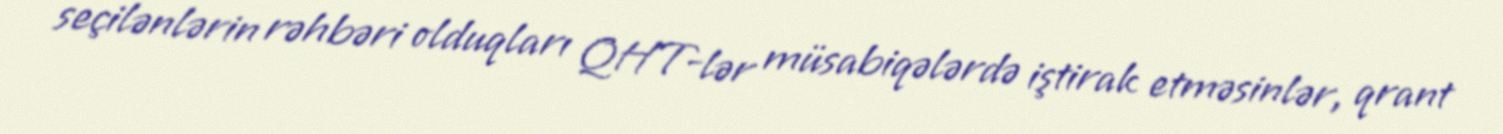
seçilənlərin rəhbəri olduqları QHT-lər müsabiqələrdə iştirak etməsinlər, qrant